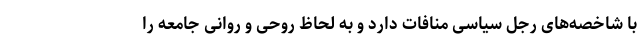
با شاخصه‌های رجل سیاسی منافات دارد و به لحاظ روحی و روانی جامعه را